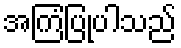
အကြံပြုပါသည်